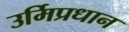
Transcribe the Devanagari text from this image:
उर्मिप्रधान